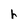
Character: h